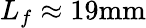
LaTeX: L_{f}\approx 19\mathrm{mm}